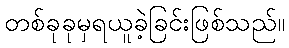
တစ်ခုခုမှရယူခဲ့ခြင်းဖြစ်သည်။